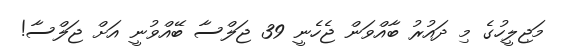
މަޖިލީހުގެ މި ދައުރު ބާއްވަން ޖެހެނީ 39 ޖަލްސާ ބޭއްވުނީ އަށް ޖަލްސާ!